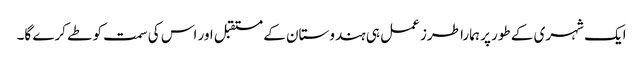
ایک شہری کے طور پر ہمارا طرز عمل ہی ہندوستان کے مستقبل اور اس کی سمت کو طے کرے گا۔